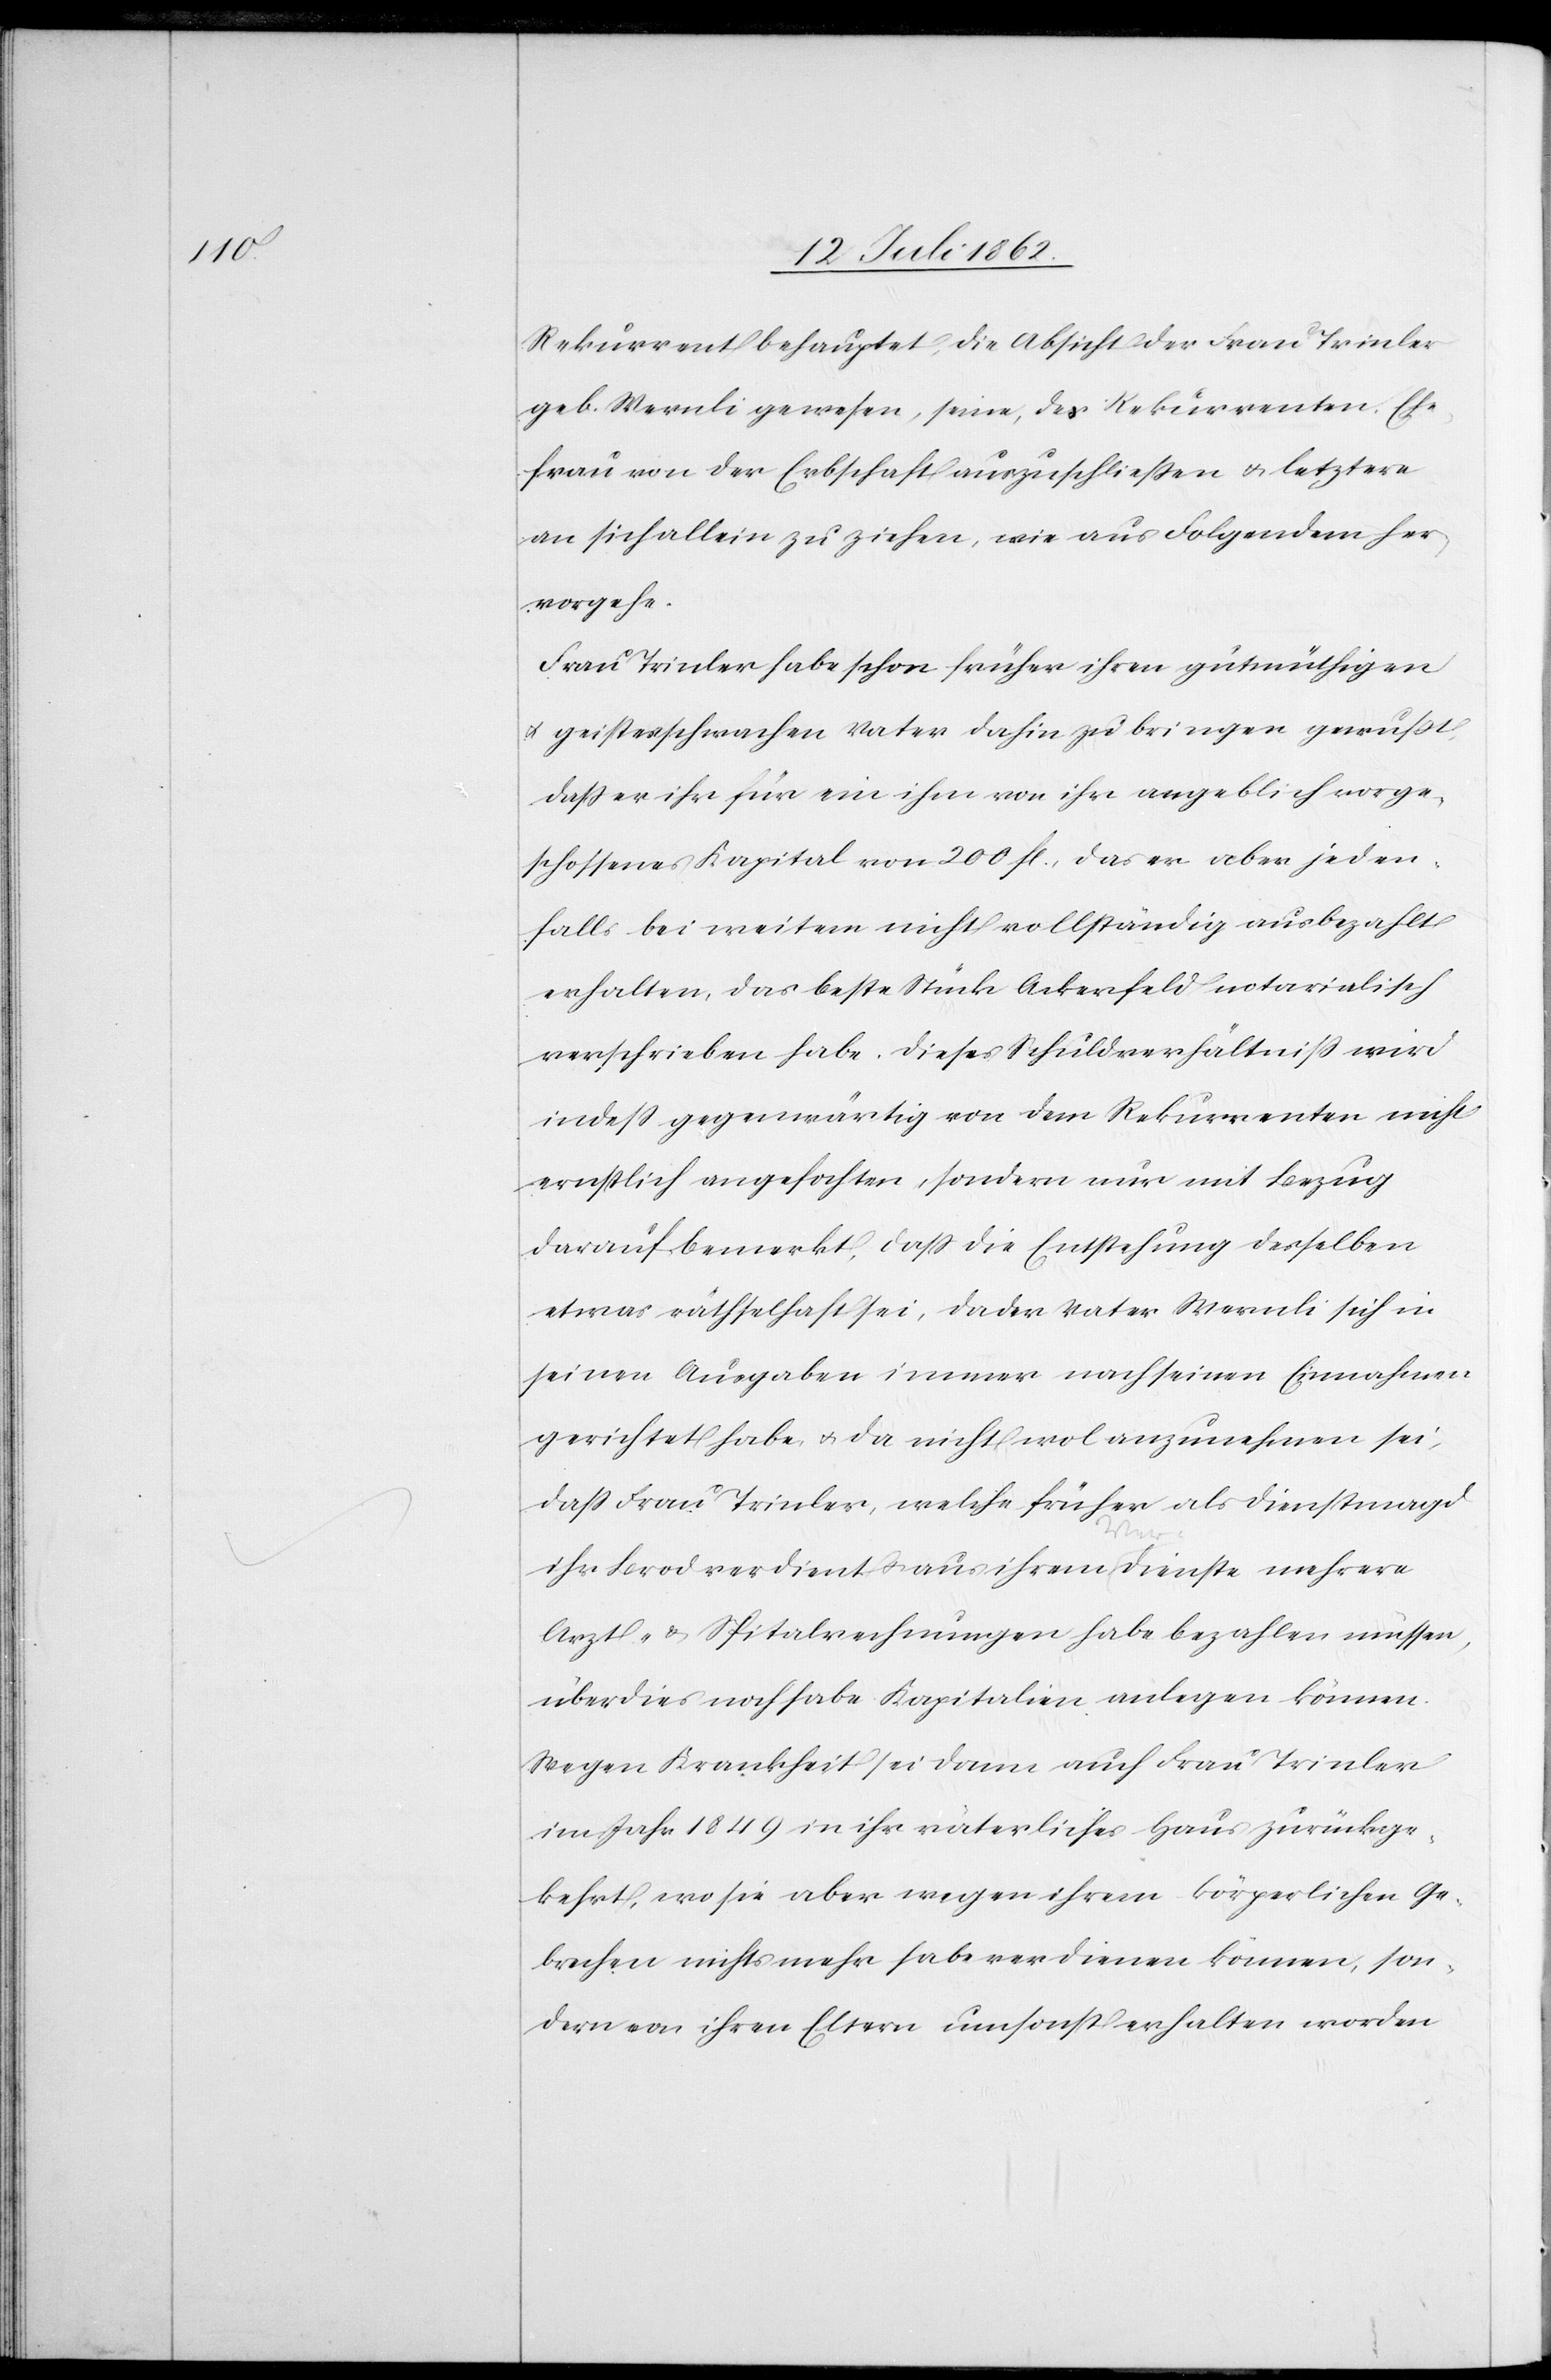
Rekurrent behauptet, die Absicht der Frau Trinler
geb. Wernli gewesen, seine, des Rekurrenten, Ehe¬
frau von der Erbschaft auszuschließen u. letztere
an sich allein zuziehen, wie aus Folgendem her¬
vorgehe.
Frau Trinler habe schon früher ihren gutmüthigen
u. geistesschwachen Vater dahin zu bringen gewußt,
daß er ihr für ein ihm von ihr angeblich vorge¬
schossenes Kapital von 200 fl., das er aber jeden¬
falls bei weitem nicht vollständig ausbezahlt
erhalten, das beste Stück Ackerfeld notarialisch
verschrieben habe. Dieses Schuldverhältniß wird
indeß gegenwärtig von dem Rekurrenten nicht
ernstlich angefochten, sondern nur mit Bezug
darauf bemerkt, daß die Entstehung desselben
etwas rätselhaft sei, da der Vater Wernli sich in
seinen Ausgaben immer nach seinen Einnahmen
gerichtet habe u. da nicht wol anzunehmen sei,
daß Frau Trinler, welche früher als Dienstmagd
ihr Brod verdient u. aus ihrem [Ver-]Dienste mehrere
Arzt- u. Spitalrechnungen habe bezahlen müssen,
überdies noch habe Kapitalien anlegen können.
Wegen Krankheit sei dann auch Frau Trinler
im Jahr 1849 in ihr väterliches Haus zurückge¬
kehrt, wo sie aber wegen ihrem körperlichen Ge¬
brechen nichts mehr habe verdienen können, son¬
dern von ihren Eltern umsonst erhalten worden